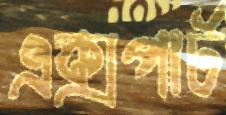
এক্সপার্ট